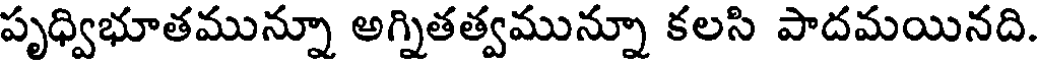
పృధ్విభూతమున్నూ అగ్నితత్వమున్నూ కలసి పాదమయినది.